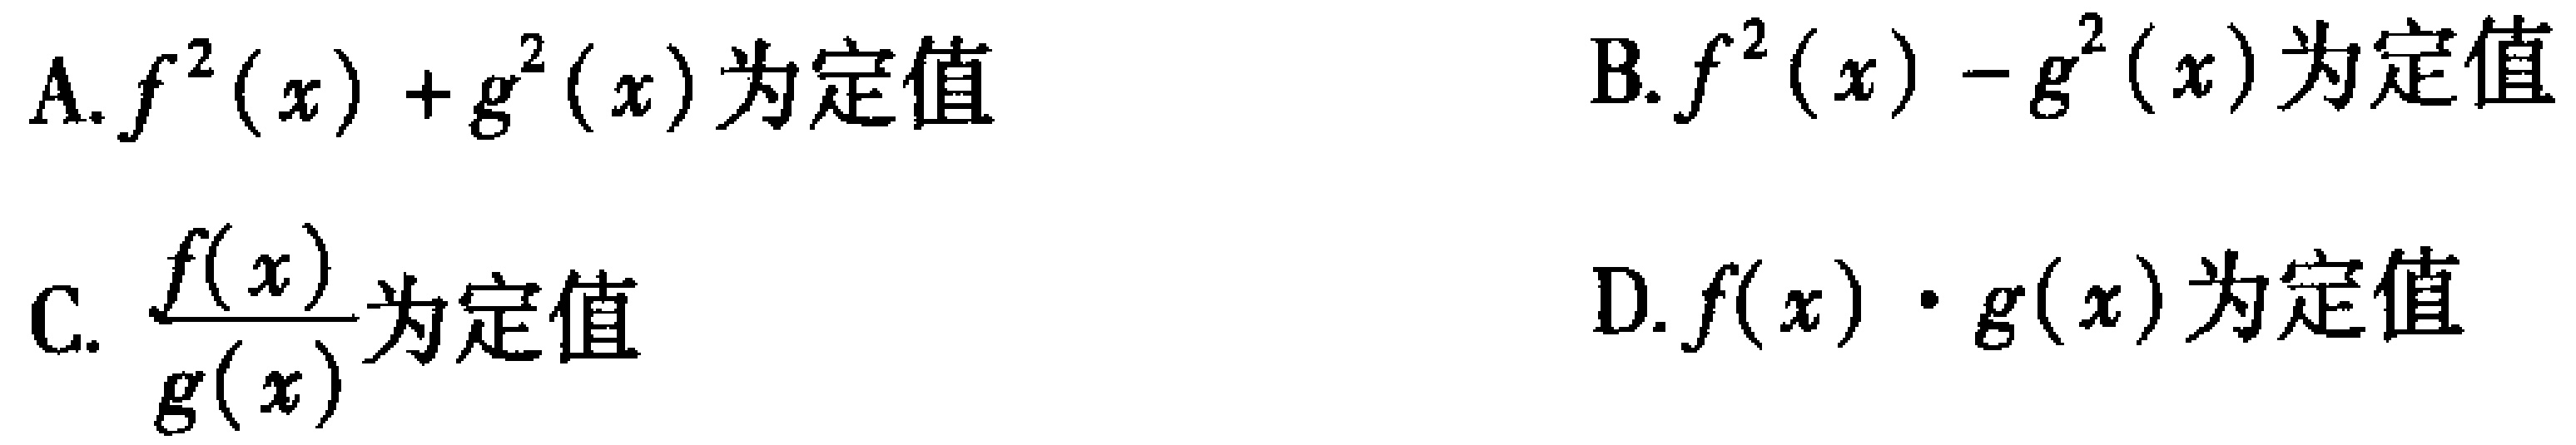
A. \(f^{2}(x)+g^{2}(x)\)为定值
B. \(f^{2}(x)-g^{2}(x)\)为定值
C. \(\frac{f(x)}{g(x)}\)为定值
D. \(f(x)\cdot g(x)\)为定值